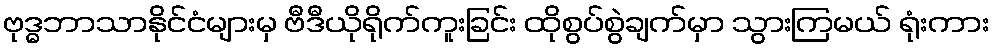
ဗုဒ္ဓဘာသာနိုင်ငံများမှ ဗီဒီယိုရိုက်ကူးခြင်း ထိုစွပ်စွဲချက်မှာ သွားကြမယ် ရုံးကား